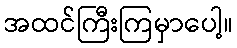
အထင်ကြီးကြမှာပေါ့။